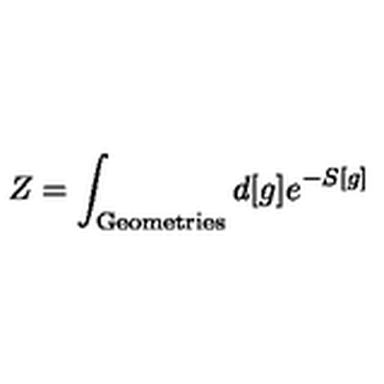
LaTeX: Z = \int _ { \mathrm { G e o m e t r i e s } } d [ g ] e ^ { - S [ g ] }